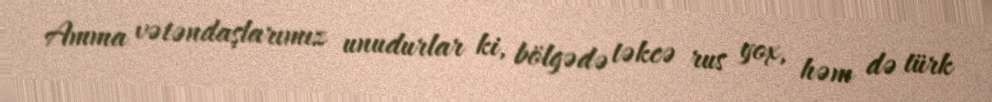
Amma vətəndaşlarımız unudurlar ki, bölgədə təkcə rus yox, həm də türk